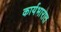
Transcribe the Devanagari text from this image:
कार्यभारात